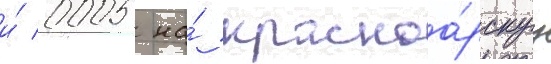
и́ 0005 на́ красноа́рскуу